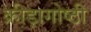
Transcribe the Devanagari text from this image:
क्रीड़ागोष्ठी